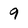
Character: 9